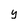
Character: t